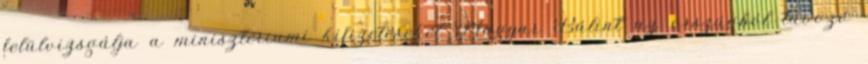
felülvizsgálja a minisztériumi kifizetéseket Magyar Bálint az országból távozó